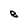
Character: e